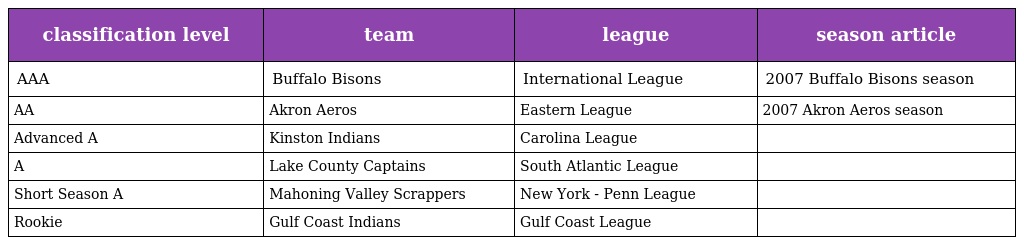
| classification level | team | league | season article |
 | --- | --- | --- | --- |
 | AAA | Buffalo Bisons | International League | 2007 Buffalo Bisons season |
 | AA | Akron Aeros | Eastern League | 2007 Akron Aeros season |
 | Advanced A | Kinston Indians | Carolina League |  |
 | A | Lake County Captains | South Atlantic League |  |
 | Short Season A | Mahoning Valley Scrappers | New York - Penn League |  |
 | Rookie | Gulf Coast Indians | Gulf Coast League |  |